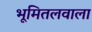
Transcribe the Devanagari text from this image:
भूमितलवाला